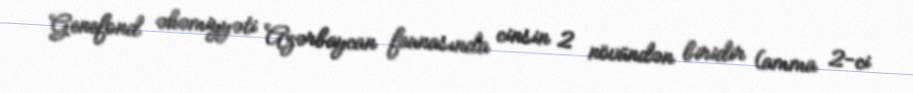
Genefond əhəmiyyəti Azərbaycan faunasında cinsin 2 növündən biridir (amma 2-ci